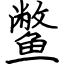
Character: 鳖